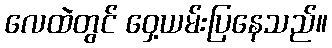
လေထဲတွင် ဝှေ့ယမ်းပြနေသည်။